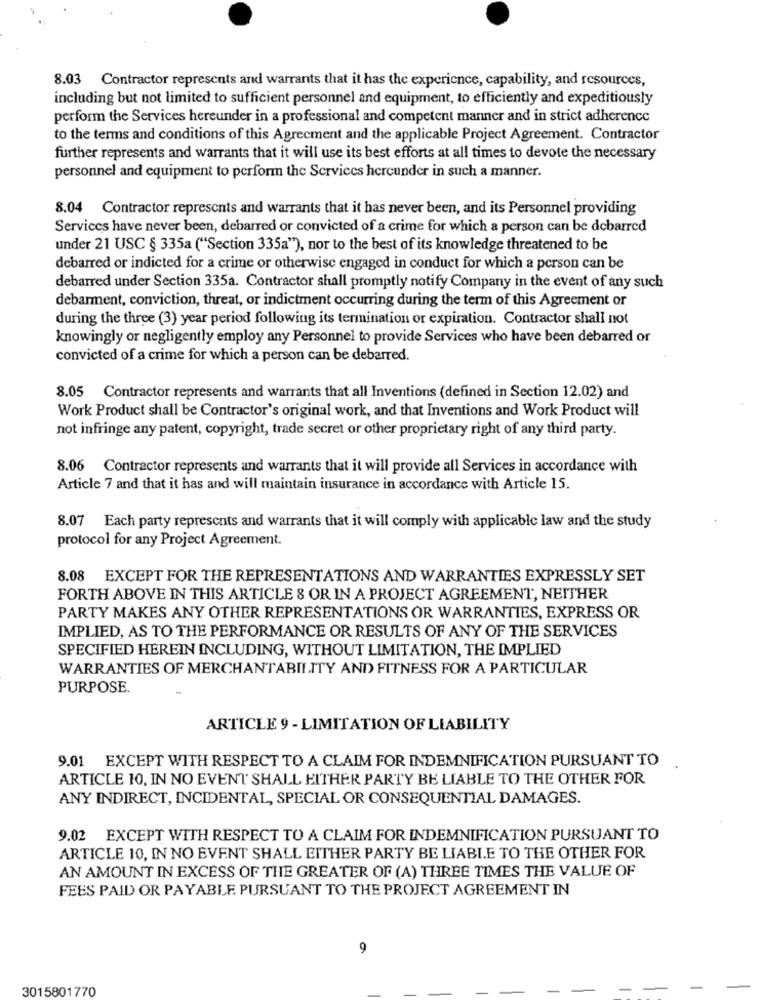
8.03 Contractor represents and warrants that it has the experience, capability, and resources,
including but not limited to sufficient personnel and equipment, to efficiently and expeditiously
perform the Services hereunder in a professional and competent manner and in strict adherence
to the terms and conditions of this Agreement and the applicable Project Agreement. Contractor
further represents and warrants that it will use its best efforts at all times to devote the necessary
personnel and equipment to perform the Services hereunder in such a manner.
8.04 Contractor represents and warrants that it has never been, and its Personnel providing
Services have never been, debarred or convicted of a crime for which a person can be debarred
under 21 USC § 335a ("Section 335a"), nor to the best of its knowledge threatened to be
debarred or indicted for a crime or otherwise engaged in conduct for which a person can be
debarred under Section 335a. Contractor shall promptly notify Company in the event of any such
debarment, conviction, threat, or indictment occurring during the term of this Agreement or
during the three (3) year period following its termination or expiration. Contractor shall not
knowingly or negligently employ any Personnel to provide Services who have been debarred or
convicted of a crime for which a person can be debarred.
8.05 Contractor represents and warrants that all Inventions (defined in Section 12.02) and
Work Product shall be Contractor's original work, and that Inventions and Work Product will
not infringe any patent, copyright, trade secret or other proprietary right of any third party.
8.06 Contractor represents and warrants that it will provide all Services in accordance with
Article 7 and that it has and will maintain insurance in accordance with Article 15.
8.07 Each party represents and warrants that it will comply with applicable law and the study
protocol for any Project Agreement.
8.08 EXCEPT FOR THE REPRESENTATIONS AND WARRANTIES EXPRESSLY SET
FORTH ABOVE IN THIS ARTICLE 8 OR IN A PROJECT AGREEMENT, NEITHER
PARTY MAKES ANY OTHER REPRESENTATIONS OR WARRANTIES, EXPRESS OR
IMPLIED, AS TO THE PERFORMANCE OR RESULTS OF ANY OF THE SERVICES
SPECIFIED HEREIN INCLUDING, WITHOUT LIMITATION, THE IMPLIED
WARRANTIES OF MERCHANTABILITY AND FITNESS FOR A PARTICULAR
PURPOSE.
ARTICLE 9 - LIMITATION OF LIABILITY
9.01 EXCEPT WITH RESPECT TO A CLAIM FOR INDEMNIFICATION PURSUANT TO
ARTICLE 10, IN NO EVENT SHALL EITHER PARTY BE LIABLE TO THE OTHER FOR
ANY INDIRECT, INCIDENTAL, SPECIAL OR CONSEQUENTIAL DAMAGES.
9.02 EXCEPT WITH RESPECT TO A CLAIM FOR INDEMNIFICATION PURSUANT TO
ARTICLE 10, IN NO EVENT SHALL EITHER PARTY BE LIABLE TO THE OTHER FOR
AN AMOUNT IN EXCESS OF THE GREATER OF (A) THREE TIMES THE VALUE OF
FEES PAID OR PAYABLE PURSUANT TO THE PROJECT AGREEMENT IN
9
3015801770